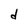
Character: d